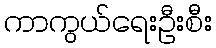
ကာကွယ်ရေးဦးစီး